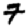
Digit: 7